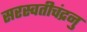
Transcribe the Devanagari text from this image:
सरस्वतीचंद्रनु